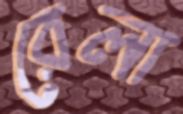
রেলা